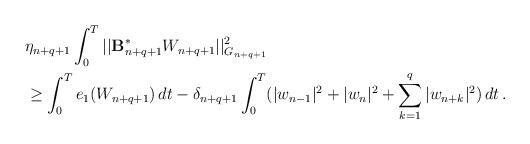
LaTeX: \begin{align*}&\eta_{n+q+1} \int_0^T || \mathcal{\mathbf{B}}_{n+q+1}^{\ast}W_{n+q+1}||_{G_{n+q+1}}^2 \\& \ge\int_0^T e_1(W_{n+q+1})\,dt - \delta_{n+q+1}\int_0^T ( |w_{n-1}|^2 + |w_n|^2 +\sum_{k=1}^q |w_{n+k}|^2)\,dt\,.\end{align*}